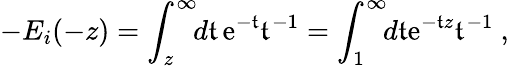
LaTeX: -E_{i}(-z)=\int_{z}^{\infty}\! \! d\mathfrak{t}\, {\mathrm{e}}^{-\mathfrak{t}}\mathfrak{t}^{-1}=\int_{1}^{\infty}\! \! d\mathfrak{t}{\mathrm{e}}^{-\mathfrak{t}z}\mathfrak{t}^{-1}\ ,